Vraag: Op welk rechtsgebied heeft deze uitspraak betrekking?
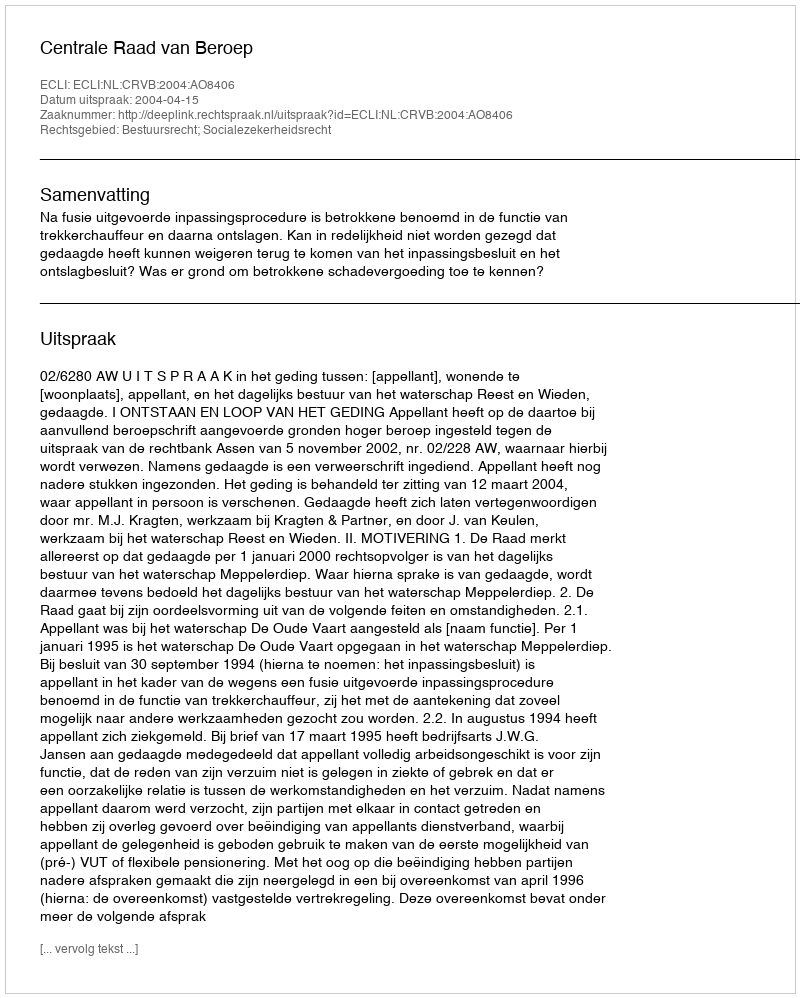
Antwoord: Bestuursrecht; Socialezekerheidsrecht